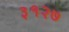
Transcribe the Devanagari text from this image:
३१२७